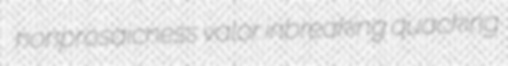
nonprosaicness valor inbreaking quacking